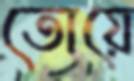
তোয়ে